Insane asylums in Bengal annual reports 1867-1875 - 1867-1875
Year: 1867
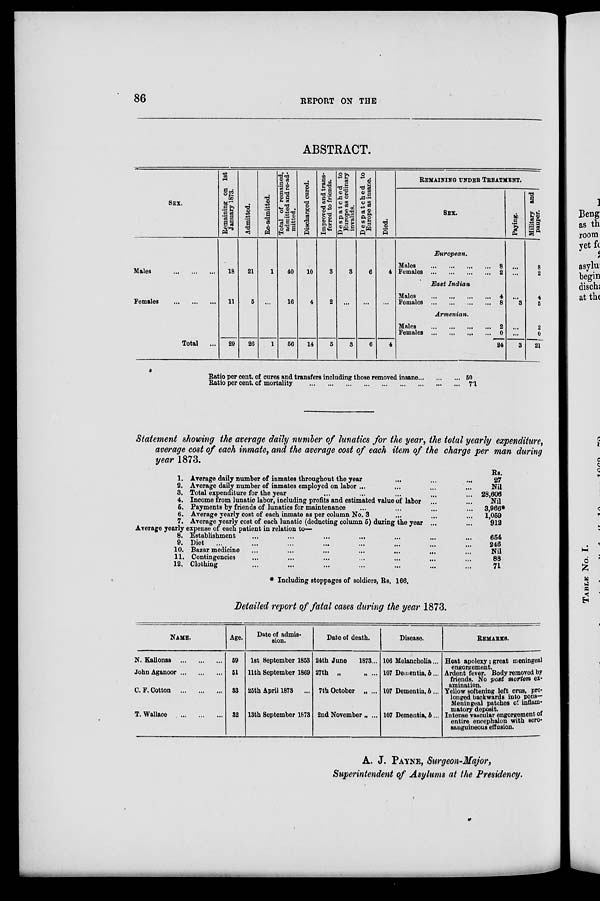
86
REPORT ON THE
ABSTRACT.
SEX.
Males
...
...
...
Females
...
...
...
Remaining on 1st
January 1873.
18
11
Admitted.
21
5
Re-admitted.
1
...
Total of remained,
admitted and re-ad-
mitted.
40
16
Discharged cured.
10
4
Improved and trans-
ferred to friends.
3
2
Despatched to
Europe as ordinary
invalids.
3
...
Despatched to
Europe as insane.
6
...
Died.
4
...
Total
29
26
1
56
14
5
3
6
4
REMAINING UNDER TREATMENT.
SEX.
European.
Males ... ... ... ...
Females ... ... ... ...
8
2
East Indian
Males ... ... ... ...
Females
...
...
...
...
4
8
Armenian.
Males ... ... ... ...
Females
...
...
...
...
2
0
24
Paying.
...
...
...
3
...
...
3
Military and
pauper.
8
2
4
5
2
0
21
Ratio per cent. of cures and transfers including those removed insane ... ... ...
Ratio per cent. of mortality
...
...
...
...
...
...
...
...
...
50
7.1
Statement showing the average daily number of lunatics for the year, the total yearly expenditure,
average cost of each inmate, and the average cost of each item of the charge per man during
year 1873.
1.
2.
3.
4.
5.
6.
7.
Average daily number of inmates throughout the year ... ... ...
Average daily number of inmates employed on labor ... ... ... ...
Total expenditure for the year ... ... ... ... ...
Income from lunatic labor, including profits and estimated value of labor ... ...
Payments by friends of lunatics for maintenance ... ... ... ...
Average yearly cost of each inmate as per column No. 3 ... ... ...
Average yearly cost of each lunatic (deducting column 5) during the year ...
...
Average yearly expense of each patient in relation to—
8.
9.
10.
11.
12.
Establishment ... ... ... ... ... ... ...
Diet ... ... ... ... ... ... ... ...
Bazar medicine ... ... ... ... ... ... ...
Contingencies ... ... ... ... ... ... ...
Clothing ... ... ... ... ... ... ...
Rs.
27
Nil
28,606
Nil
3,966*
1,059
912
654
246
Nil
88
71
* Including stoppages of soldiers, Rs. 166.
Detailed report of fatal cases during the year 1873.
NAME.
N. Kallonas ... ... ...
John Aganoor ... ... ...
C.F.Cotton
...
...
...
T.Wallace
...
...
...
Age.
59
51
33
32
Date of admis-
sion.
1st September 1853
11th September 1869
25th April 1873 ...
13th September 1873
Date of death.
24th June
1873...
27th „ „ ...
7th October „ ...
2nd November „ ...
Disease.
106 Melancholia...
107 Dementia, b ...
107 Dementia, b ...
107 Dementia, b ...
REMARKS.
Heat apolexy; great meningeal
engorgement.
Ardent fever. Body removed by
friends. No post mortem ex-
amination.
Yellow softening left crus, pro-
longed backwards into pons-
Meningeal patches of inflam-
matory deposit.
Intense vascular engorgement of
entire encephalon with sero-
sanguineous effusion.
A. J. PAYNE, Surgeon-Major,
Superintendent of Asylums at the Presidency.